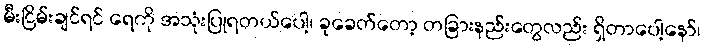
မီးငြိမ်းချင်ရင် ရေကို အသုံးပြုရတယ်ပေါ့၊ ခုခေတ်တော့ တခြားနည်းတွေလည်း ရှိတာပေါ့နော်၊